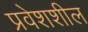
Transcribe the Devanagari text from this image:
प्रवेशशील